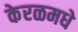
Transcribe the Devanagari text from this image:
केरळमधे